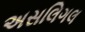
અસલિગલ